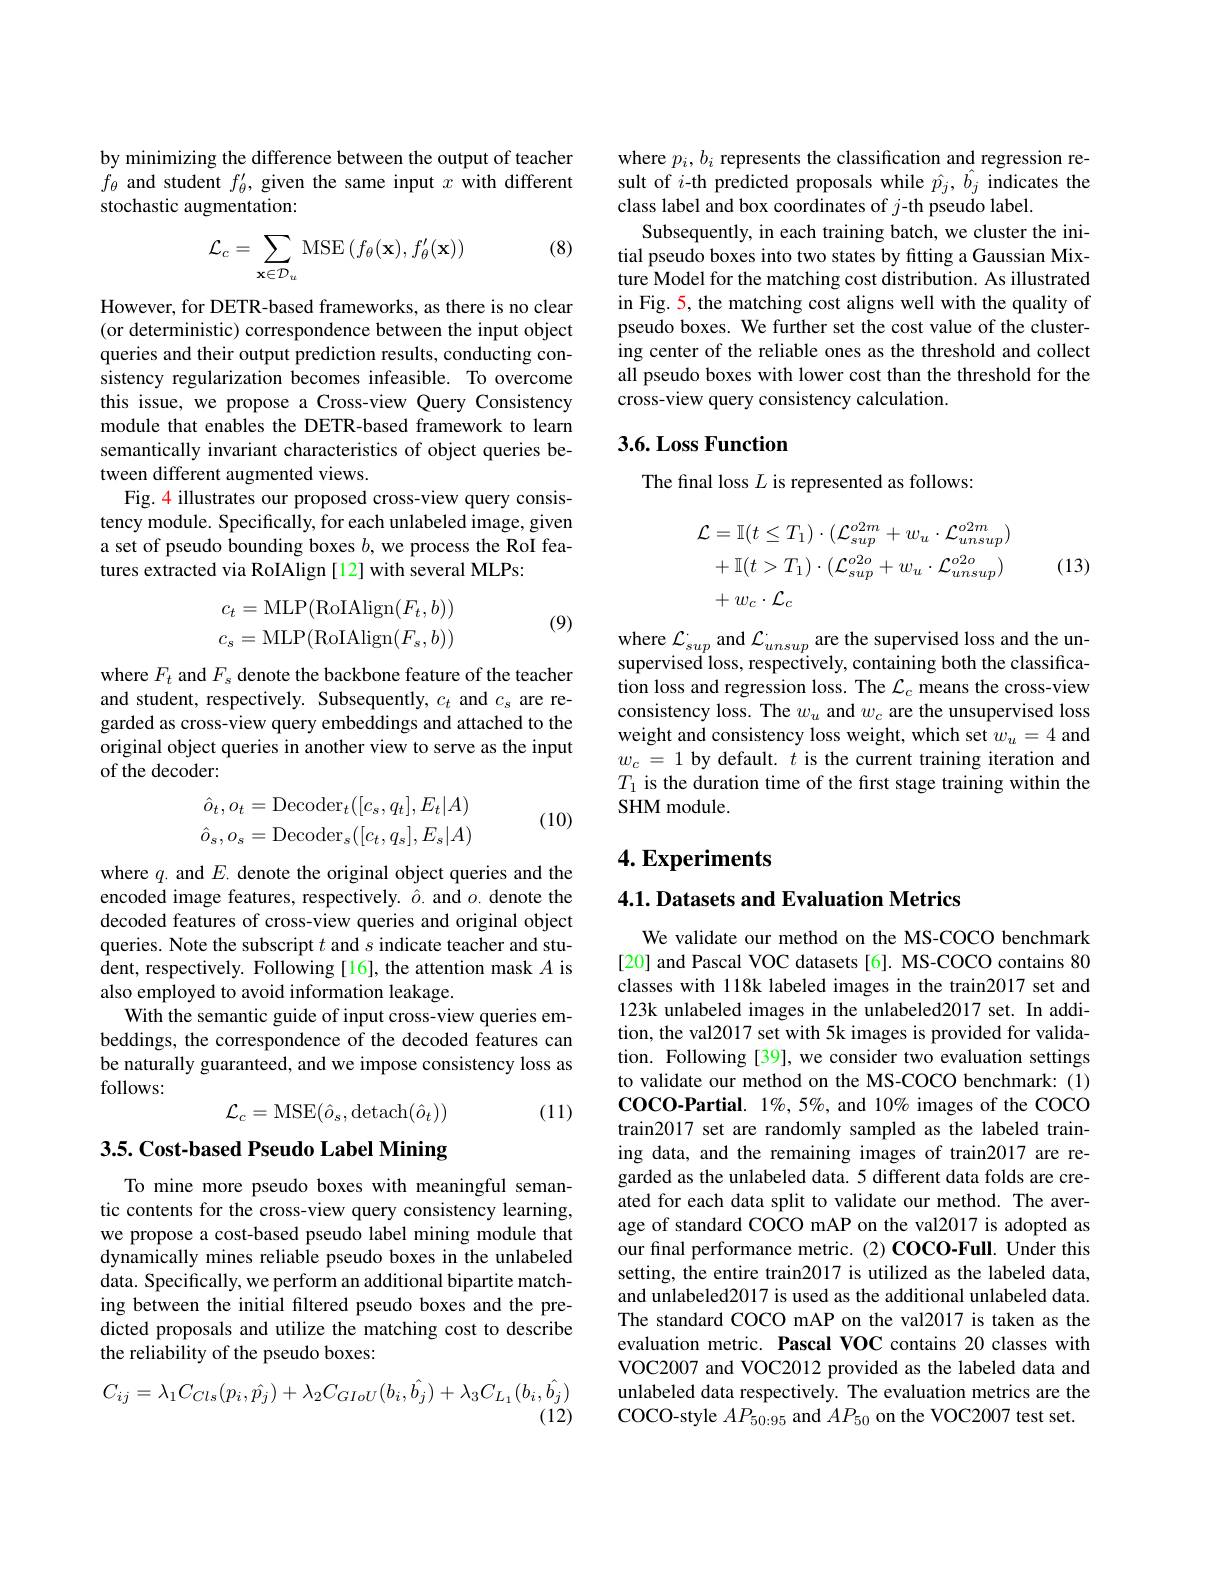
by minimizing the difference between the output of teacher $f_\theta$ and student $f_\theta^\prime$, given the same input $x$ with different stochastic augmentation:

(8)
$$\mathcal{L}_{c}=\sum_{\mathbf{x}\in\mathcal{D}_{u}}\mathrm{MSE}\left(f_{\theta}(\mathbf{x}),f_{\theta}'(\mathbf{x})\right)$$
However, for DETR-based frameworks, as there is no clear (or deterministic) correspondence between the input object queries and their output prediction results, conducting consistency regularization becomes infeasible. To overcome this issue, we propose a Cross-view Query Consistency module that enables the DETR-based framework to learn semantically invariant characteristics of object queries between different augmented views.
Fig. 4 illustrates our proposed cross-view query consistency module. Specifically, for each unlabeled image, given a set of pseudo bounding boxes $b$, we process the RoI features extracted via RoIAlign [12] with several MLPs:
$$\begin{array}{l}c_t=\mathrm{MLP}(\mathrm{RoIAlign}(F_t,b))\\c_s=\mathrm{MLP}(\mathrm{RoIAlign}(F_s,b))\end{array}$$
(9)

where $F_t$ and $F_s$ denote the backbone feature of the teacher and student, respectively. Subsequently, $c_t$ and $c_s$ are regarded as cross-view query embeddings and attached to the original object queries in another view to serve as the input of the decoder:
$$\begin{aligned}\hat{o}_t,o_t&=\mathrm{Decoder}_t([c_s,q_t],E_t|A)\\\hat{o}_s,o_s&=\mathrm{Decoder}_s([c_t,q_s],E_s|A)\end{aligned}$$
(10)

where $q.$ and $E.$ denote the original object queries and the encoded image features, respectively. $\hat{o}.$ and $o.$ denote the decoded features of cross-view queries and original object queries. Note the subscript $t$ and $s$ indicate teacher and student, respectively. Following[16], the attention mask $A$ is also employed to avoid information leakage.
With the semantic guide of input cross-view queries embeddings, the correspondence of the decoded features can be naturally guaranteed, and we impose consistency loss as follows:
$$\mathcal{L}_c=\mathrm{MSE}(\hat{o}_s,\mathrm{detach}(\hat{o}_t))$$
(11)

3.5. Cost-based Pseudo Label Mining

To mine more pseudo boxes with meaningful semantic contents for the cross-view query consistency learning, we propose a cost-based pseudo label mining module that dynamically mines reliable pseudo boxes in the unlabeled data. Specifically, we perform an additional bipartite matching between the initial filtered pseudo boxes and the predicted proposals and utilize the matching cost to describe the reliability of the pseudo boxes:
$$C_{ij}=\lambda_{1}C_{Cls}(p_{i},\hat{p_{j}})+\lambda_{2}C_{GIoU}(b_{i},\hat{b_{j}})+\lambda_{3}C_{L_{1}}(b_{i},\hat{b_{j}})$$
(12)

where $p_i,b_i$ represents the classification and regression result of $i$-th predicted proposals while $\hat{p}_j,\hat{b}_j$ indicates the class label and box coordinates of $j$-th pseudo label.
Subsequently, in each training batch, we cluster the initial pseudo boxes into two states by fitting a Gaussian Mixture Model for the matching cost distribution. As illustrated in Fig. 5, the matching cost aligns well with the quality of pseudo boxes. We further set the cost value of the clustering center of the reliable ones as the threshold and collect all pseudo boxes with lower cost than the threshold for the cross-view query consistency calculation.

## 3.6. Loss Function

The final loss $L$ is represented as follows:
$$\begin{aligned}\mathcal{L}&=\mathbb{I}(t\leq T_{1})\cdot(\mathcal{L}_{sup}^{o2m}+w_{u}\cdot\mathcal{L}_{unsup}^{o2m})\\&+\mathbb{I}(t>T_{1})\cdot(\mathcal{L}_{sup}^{o2o}+w_{u}\cdot\mathcal{L}_{unsup}^{o2o})\\&+w_{c}\cdot\mathcal{L}_{c}\end{aligned}$$
(13)

where $\mathcal{L}_sup$ and $\mathcal{L}_unsup$ are the supervised loss and the unsupervised loss, respectively, containing both the classification loss and regression loss. The $\mathcal{L}_c$ means the cross-view consistency loss. The $w_u$ and $w_c$ are the unsupervised loss weight and consistency loss weight, which set $w_u=4$ and $w_c=1$ by default. $t$ is the current training iteration and $T_1$ is the duration time of the first stage training within the SHM module.

## $4. \textbf{Experiments}$

$4. 1. \textbf{Datasets and Evaluation Metrics}$

We validate our method on the MS-COCO benchmark [20] and Pascal VOC datasets [6]. MS-COCO contains 80 classes with 118k labeled images in the train2017 set and 123k unlabeled images in the unlabeled2017 set. In addition, the val2017 set with 5k images is provided for validation. Following [39], we consider two evaluation settings to validate our method on the MS-COCO benchmark: (1) COCO-Partial. 1%, 5%, and 10% images of the COCO train2017 set are randomly sampled as the labeled training data, and the remaining images of train2017 are regarded as the unlabeled data. 5 different data folds are created for each data split to validate our method. The average of standard COCO mAP on the val2017 is adopted as our final performance metric.(2) COCO-Full. Under this setting, the entire train2017 is utilized as the labeled data, and unlabeled2017 is used as the additional unlabeled data. The standard COCO mAP on the val2017 is taken as the evaluation metric. Pascal VOC contains 20 classes with VOC2007 and VOC2012 provided as the labeled data and unlabeled data respectively. The evaluation metrics are the COCO-style $AP_{50:95}$ and $AP_{50}$ on the VOC2007 test set.